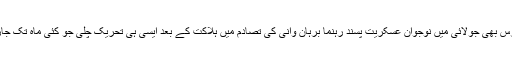
گذشتہ برس بھی جولائی میں نوجوان عسکریت پسند رہنما برہان وانی کی تصادم میں ہلاکت کے بعد ایسی ہی تحریک چلی جو کئی ماہ تک جاری رہی۔